Civil Veterinary Department Bengal reports 1933-51 - 1933-1951
Year: 1933
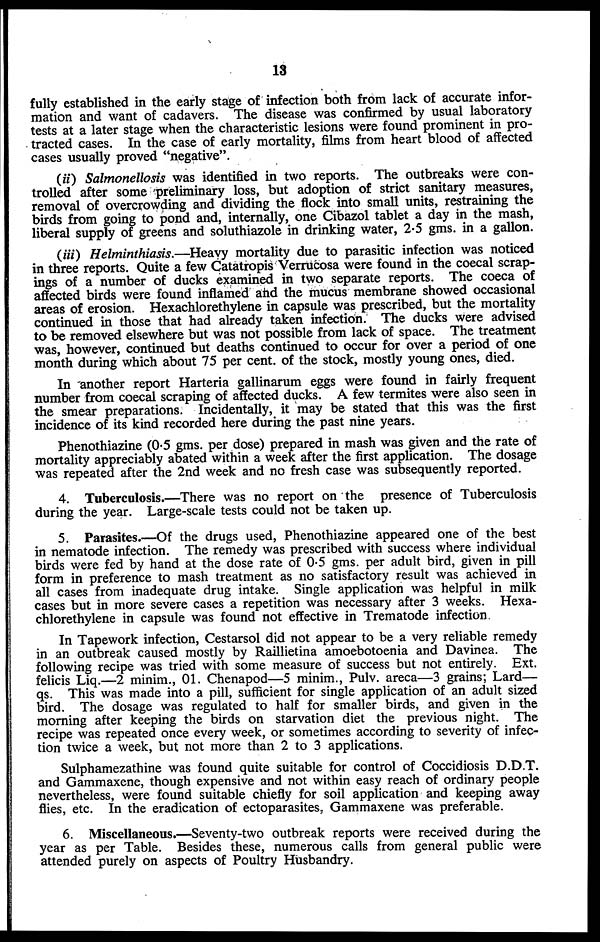
13
fully established in the early stage of infection both from lack of accurate infor-
mation and want of cadavers. The disease was confirmed by usual laboratory
tests at a later stage when the characteristic lesions were found prominent in pro-
tracted cases. In the case of early mortality, films from heart blood of affected
cases usually proved "negative".
(ii) Salmonellosis was identified in two reports. The outbreaks were con-
trolled after some preliminary loss, but adoption of strict sanitary measures,
removal of overcrowding and dividing the flock into small units, restraining the
birds from going to pond and, internally, one Cibazol tablet a day in the mash,
liberal supply of greens and soluthiazole in drinking water, 2.5 gms. in a gallon.
(iii) Helminthiasis.—Heavy mortality due to parasitic infection was noticed
in three reports. Quite a few Catatropis Verrucosa were found in the coecal scrap-
ings of a number of ducks examined in two separate reports. The coeca of
affected birds were found inflamed and the mucus membrane showed occasional
areas of erosion. Hexachlorethylene in capsule was prescribed, but the mortality
continued in those that had already taken infection. The ducks were advised
to be removed elsewhere but was not possible from lack of space. The treatment
was, however, continued but deaths continued to occur for over a period of one
month during which about 75 per cent. of the stock, mostly young ones, died.
In another report Harteria gallinarum eggs were found in fairly frequent
number from coecal scraping of affected ducks. A few termites were also seen in
the smear preparations. Incidentally, it may be stated that this was the first
incidence of its kind recorded here during the past nine years.
Phenothiazine (0.5 gms. per dose) prepared in mash was given and the rate of
mortality appreciably abated within a week after the first application. The dosage
was repeated after the 2nd week and no fresh case was subsequently reported.
4. Tuberculosis.—There was no report on the presence of Tuberculosis
during the year. Large-scale tests could not be taken up.
5. Parasites.—Of the drugs used, Phenothiazine appeared one of the best
in nematode infection. The remedy was prescribed with success where individual
birds were fed by hand at the dose rate of 0.5 gms. per adult bird, given in pill
form in preference to mash treatment as no satisfactory result was achieved in
all cases from inadequate drug intake. Single application was helpful in milk
cases but in more severe cases a repetition was necessary after 3 weeks. Hexa-
chlorethylene in capsule was found not effective in Trematode infection.
In Tapework infection, Cestarsol did not appear to be a very reliable remedy
in an outbreak caused mostly by Raillietina amoebotoenia and Davinea. The
following recipe was tried with some measure of success but not entirely. Ext.
felicis Liq.—2 minim., 01. Chenapod—5 minim., Pulv. areca—3 grains; Lard—
qs. This was made into a pill, sufficient for single application of an adult sized
bird. The dosage was regulated to half for smaller birds, and given in the
morning after keeping the birds on starvation diet the previous night. The
recipe was repeated once every week, or sometimes according to severity of infec-
tion twice a week, but not more than 2 to 3 applications.
Sulphamezathine was found quite suitable for control of Coccidiosis D.D.T.
and Gammaxene, though expensive and not within easy reach of ordinary people
nevertheless, were found suitable chiefly for soil application and keeping away
flies, etc. In the eradication of ectoparasites, Gammaxene was preferable.
6. Miscellaneous.—Seventy-two outbreak reports were received during the
year as per Table. Besides these, numerous calls from general public were
attended purely on aspects of Poultry Husbandry.